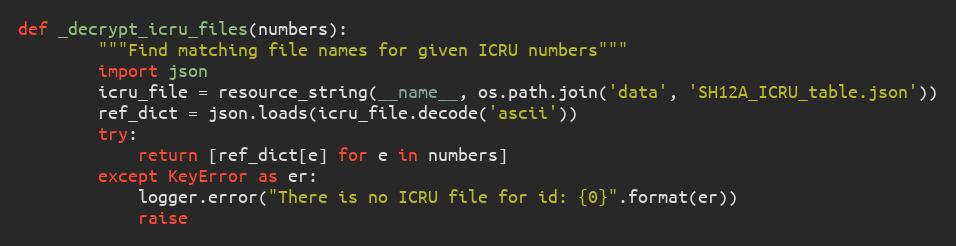
Language: Python
def _decrypt_icru_files(numbers):
        """Find matching file names for given ICRU numbers"""
        import json
        icru_file = resource_string(__name__, os.path.join('data', 'SH12A_ICRU_table.json'))
        ref_dict = json.loads(icru_file.decode('ascii'))
        try:
            return [ref_dict[e] for e in numbers]
        except KeyError as er:
            logger.error("There is no ICRU file for id: {0}".format(er))
            raise